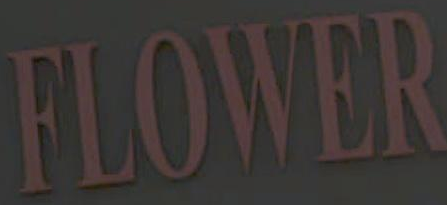
FLOWER